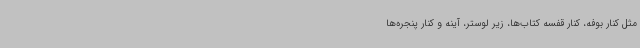
مثل کنار بوفه، کنار قفسه کتاب‌ها، زیر لوستر، آینه و کنار پنجره‌ها